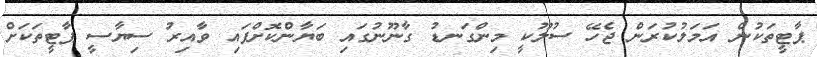
ޕާޓީތަކުން އަމަލުކުރަން ޖެހޭ ސުލޫކީ މިންގަނޑު ގާނޫނުގައި ބަޔާންކޮށްފައި ވާއިރު ސިޔާސީ ޕާޓީތަކަށް